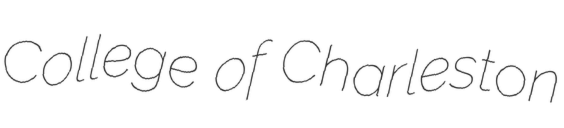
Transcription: College of Charleston